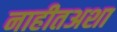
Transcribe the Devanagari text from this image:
नाहीतअशा